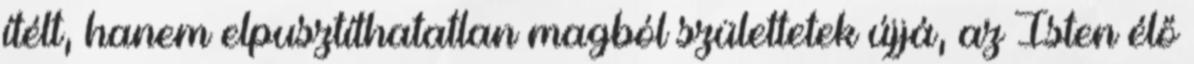
ítélt, hanem elpusztíthatatlan magból születtetek újjá, az Isten élő